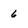
Character: 6